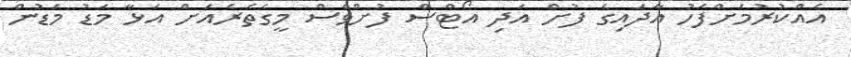
އެއްކުރުމަށްފަހު އާދައިގެ ފުށް އަދި އޯޓްސް ފުށްވެސް މީގެތެރެއަށް އަޅާ މަޑު މަޑުން